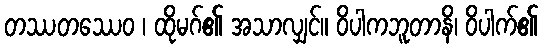
တဿတဿေဝ ၊ ထိုမဂ်၏ အသာလျှင်။ ဝိပါကဘူတာနိ၊ ဝိပါက်၏